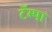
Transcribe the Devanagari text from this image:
टॅम्पा